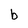
Character: b